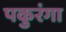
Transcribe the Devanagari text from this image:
पकुरंगा